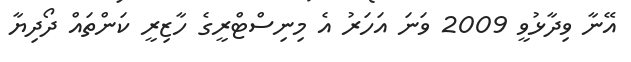
އޭނާ ވިދާޅުވީ 2009 ވަނަ އަހަރު އެ މިނިސްޓްރީގެ ހާޒިރީ ކަންތައް ދޯދިޔާ